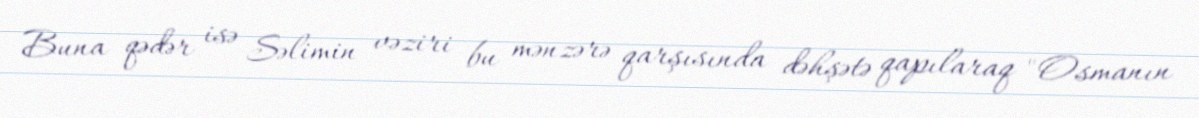
Buna qədər isə Səlimin vəziri bu mənzərə qarşısında dəhşətə qapılaraq "Osmanın